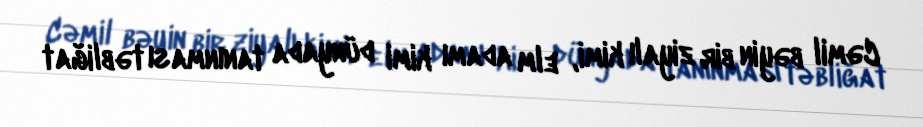
Cəmil bəyin bir ziyalı kimi, elm adamı kimi dünyada tanınması təbliğat